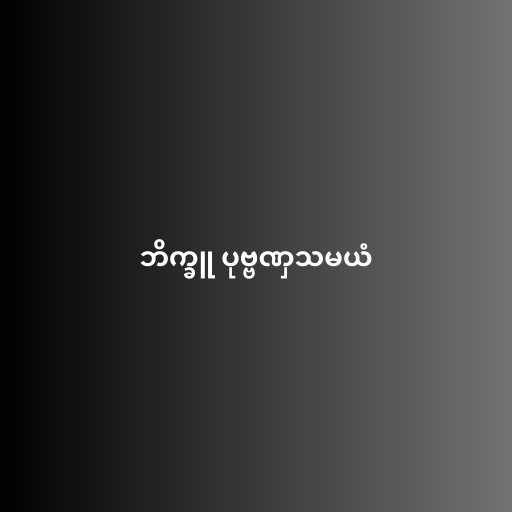
ဘိက္ခူ ပုဗ္ဗဏှသမယံ